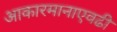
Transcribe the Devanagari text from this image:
आकारमानाएवढी